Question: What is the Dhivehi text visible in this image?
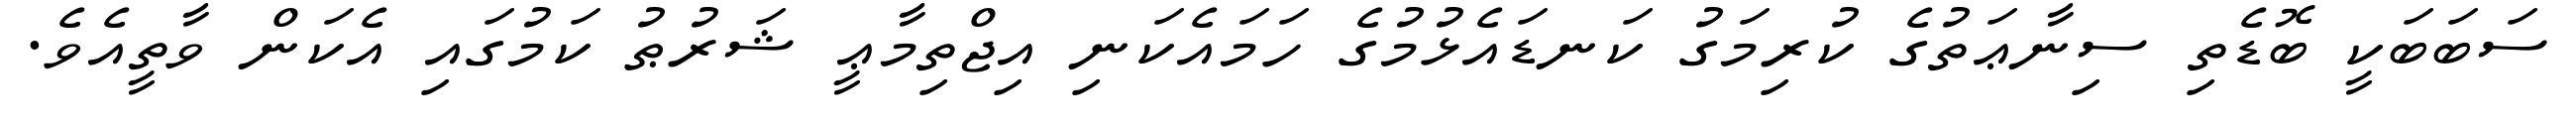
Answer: ސަބަބަކީ ބޮޑެތި ސިނާޢަތުގެ ކުރިމަގު ކަނޑައެޅުމުގެ ހަމައެކަނި އިޖްތިމާޢީ ޝަރުޠު ކަމުގައި އެކަން ވާތީއެވެ.